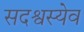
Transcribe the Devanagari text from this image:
सदश्वस्येव